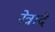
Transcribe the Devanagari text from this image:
नेत्रादे